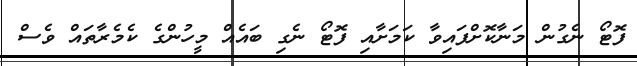
ފޮޓޯ ނެގުން މަނާކޮށްފައިވާ ކަމަށާއި ފޮޓޯ ނެގި ބައެއް މީހުންގެ ކެމެރާތައް ވެސް